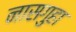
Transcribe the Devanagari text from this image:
नासगुहा